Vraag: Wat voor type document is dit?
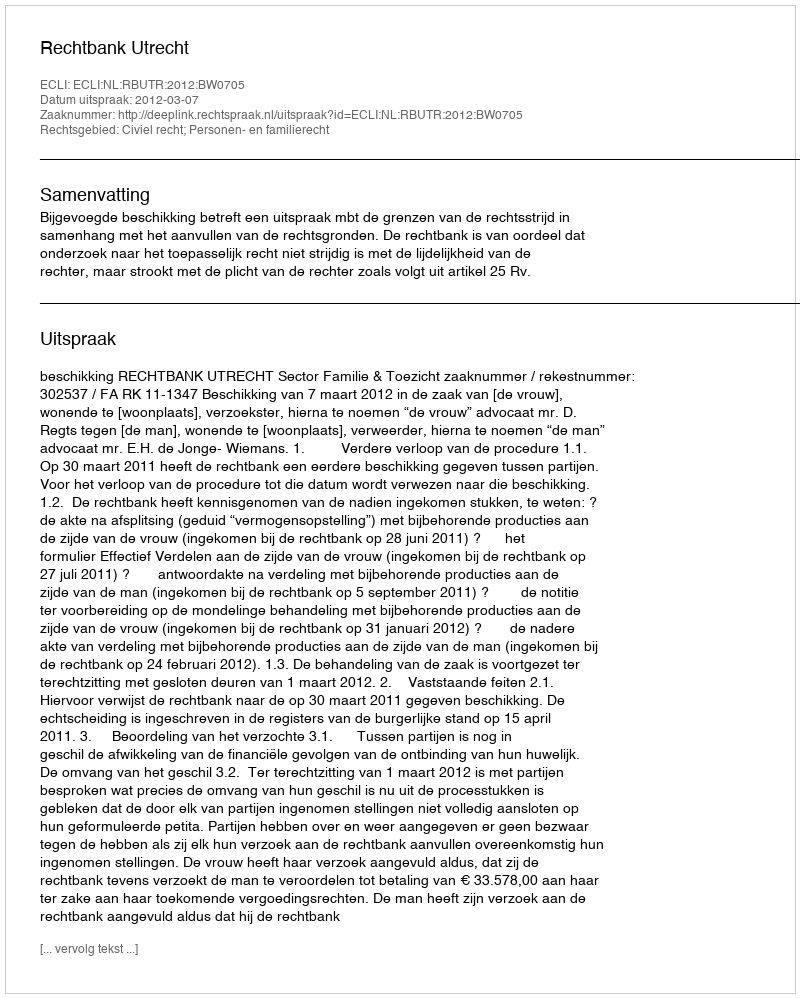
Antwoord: Uitspraak